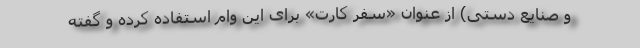
و صنایع دستی) از عنوان «سفر کارت» برای این وام استفاده کرده و گفته